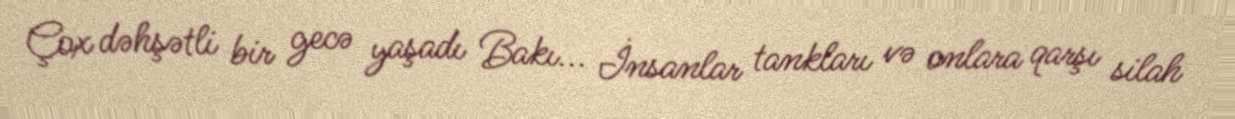
Çox dəhşətli bir gecə yaşadı Bakı... İnsanlar tankları və onlara qarşı silah